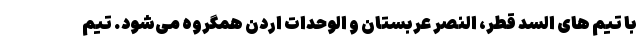
با تیم های السد قطر، النصر عربستان و الوحدات اردن همگروه می‌شود. تیم